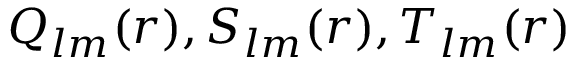
Q _ { l m } ( r ) , S _ { l m } ( r ) , T _ { l m } ( r )